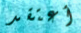
أعتقد